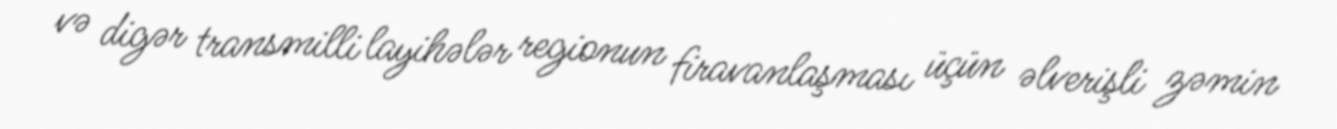
və digər transmilli layihələr regionun firavanlaşması üçün əlverişli zəmin